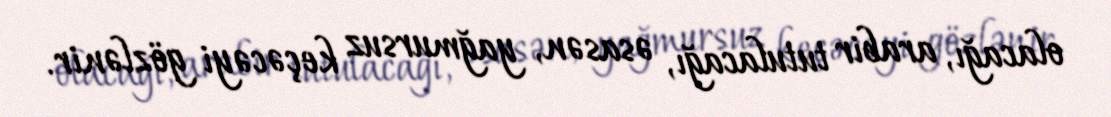
olacağı, arabir tutulacağı, əsasən, yağmursuz keçəcəyi gözlənir.